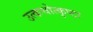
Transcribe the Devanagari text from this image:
उत्कचोत्कृष्टा